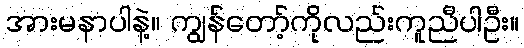
အားမနာပါနဲ့။ ကျွန်တော့်ကိုလည်းကူညီပါဦး။